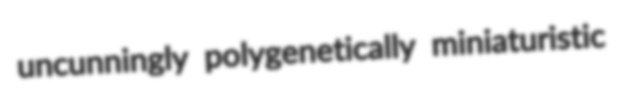
uncunningly polygenetically miniaturistic